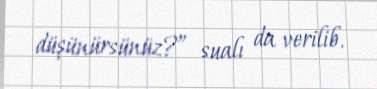
düşünürsünüz?” sualı da verilib.